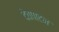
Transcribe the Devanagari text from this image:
देवपाटन